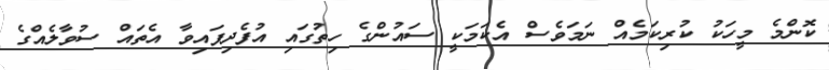
ކޮންމެ މީހަކު ކުރިކަމެއް ނަމަވެސް އެކަމަކީ ސައުންގެ ހިތުގައި އުފެދިފައިވާ އެތައް ސުވާލެއްގެ